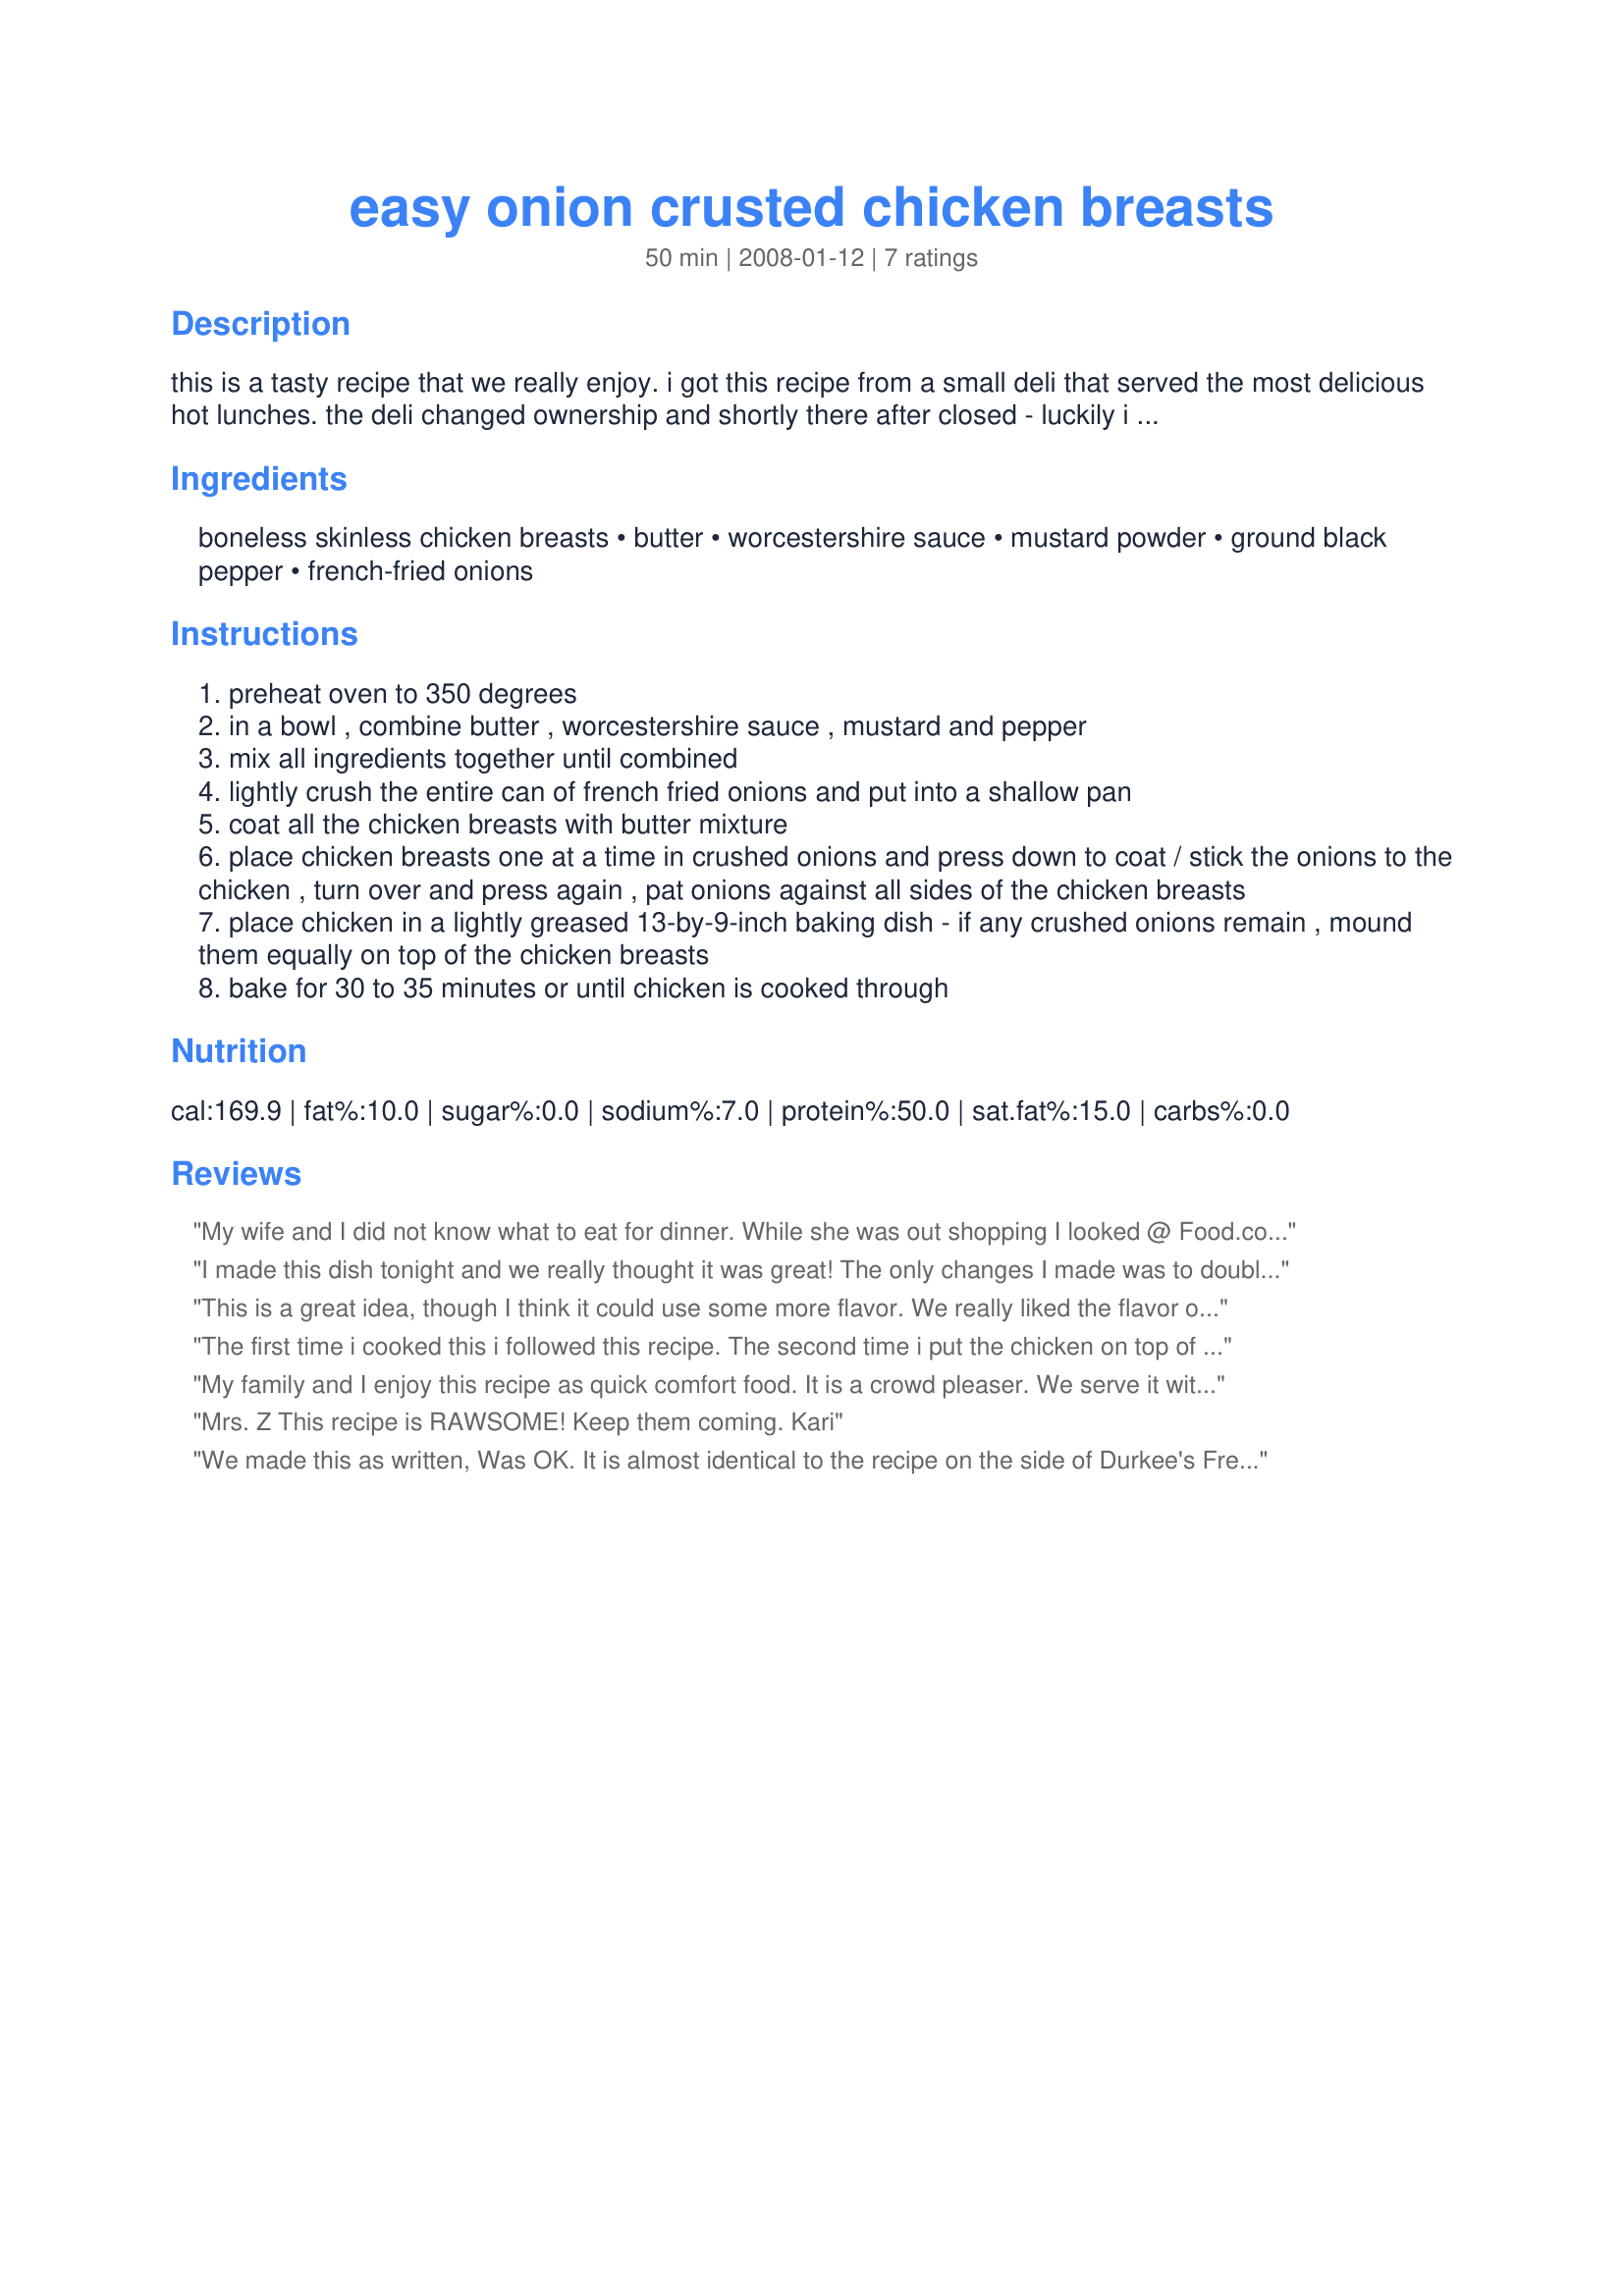
easy onion crusted chicken breasts
Preparation time: 50 minutes

this is a tasty recipe that we really enjoy. i got this recipe from a small deli that served the most delicious hot lunches. the deli changed ownership and shortly there after closed - luckily i had asked for their recipe and have been making it ever since.

Ingredients:
boneless skinless chicken breasts, butter, worcestershire sauce, mustard powder, ground black pepper, french-fried onions

Steps:
preheat oven to 350 degrees
in a bowl , combine butter , worcestershire sauce , mustard and pepper
mix all ingredients together until combined
lightly crush the entire can of french fried onions and put into a shallow pan
coat all the chicken breasts with butter mixture
place chicken breasts one at a time in crushed onions and press down to coat / stick the onions to the chicken , turn over and press again , pat onions against all sides of the chicken breasts
place chicken in a lightly greased 13-by-9-inch baking dish - if any crushed onions remain , mound them equally on top of the chicken breasts
bake for 30 to 35 minutes or until chicken is cooked through

Reviews:
My wife and I did not know what to eat for dinner. While she was out shopping I looked @ Food.com and found this recipe. I tossed it together quickly and tossed it in the oven. It smelled great and tasted even better. My wife loved it. I followed the directions exactly and it was amazing. It is going into our folder of recipes.
I made this dish tonight and we really thought it was great! The only changes I made was to double all of the ingredients except the chicken and add 1/2 tsp. garlic powder. It was really delish!
This is a great idea, though I think it could use some more flavor. We really liked the flavor of the onions but wish there were more of them, and some garlic would be a nice addition as well. I also think that about half the chicken listed would be best for the amount of other ingredients. This is something I will for sure make again though and just play around with. Its a great starting point!
The first time i cooked this i followed this recipe. The second time i put the chicken on top of buttered fettuccine with mushrooms and topped it with alfredo sauce. turned out pretty good!!
My family and I enjoy this recipe as quick comfort food. It is a crowd pleaser. We serve it with mashed potatoes and skillet green beans (green beans, garlic, and olive oil). I believe the spices are just right but will try adding garlic powder and maybe a little ground red pepper for a kick when the kids pallets allows.
Mrs. Z

This recipe is RAWSOME!
Keep them coming.

Kari
We made this as written, Was OK. It is almost identical to the recipe on the side of Durkee's French-fried onions can. I agree with the others that have rated this, it needs something more. 3 Star. Thanks for posting it.
